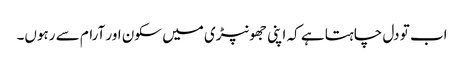
اب تو دل چاہتا ہے کہ اپنی جھونپڑی میں سکون اور آرام سے رہوں۔